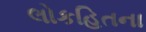
લોકહિતના